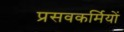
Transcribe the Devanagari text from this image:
प्रसवकर्मियों